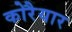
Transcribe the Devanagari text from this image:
कोरैयार